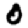
Digit: 0